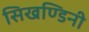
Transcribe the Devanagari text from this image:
सिखण्डिनी